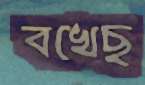
বখেছ